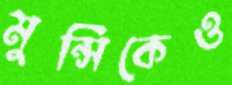
মুন্সিকেও